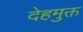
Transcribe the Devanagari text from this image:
देहमुक्त